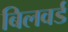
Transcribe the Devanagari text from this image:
बिलवर्ड